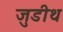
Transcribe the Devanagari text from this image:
जुडीथ